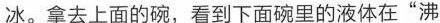
冰。拿去上面的碗，看到下面碗里的液体在”沸